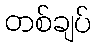
တစ်ချပ်